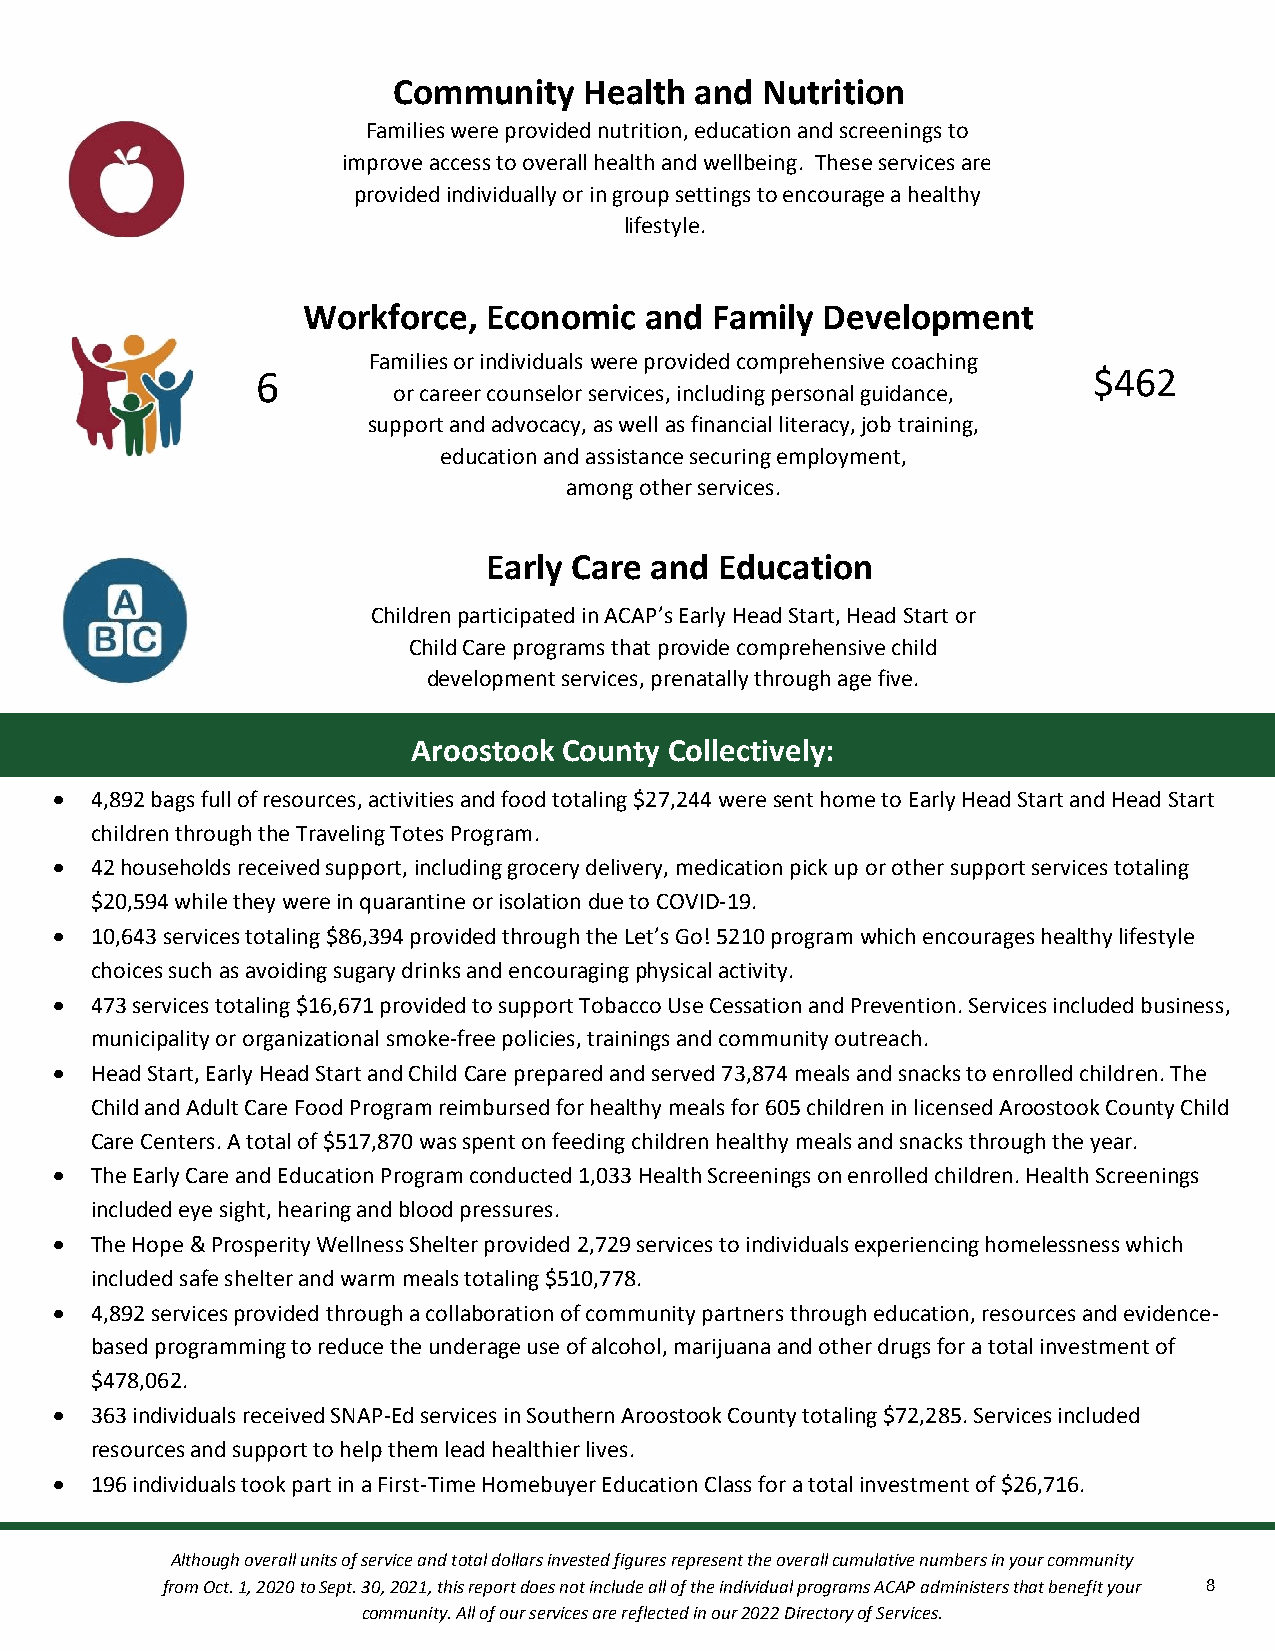
Community    Health and Nutrition
 Families were provided nutrition, education and screenings to
 imp rove access to overall healt&h a nd wellbeing. These services are
 provided individually or in group settings to encourage a healthy
 lifestyle.
 cation
 Workforce,  Economic   and Family Development
 Families or individuals were provided comprehensive coaching
 6                                                      $462
 or career counselor services, including personal guidacnacet,i on
 support and advocacy, as well as financial literacy, job training,
 education and assistance securing employment,
 among other services.
 Early Care and  Education
 Children participated in ACAP’s Early Head Start, Head Start or
 Child Care programs that provide comprehensive child
 development services, prenatally through age five.
 Aroostook County Collectively:
  4,892 bags full of resources, activities and food totaling $27,244 were sent home to Early Head Start and Head Start
 children through the Traveling Totes Program.
  42 households received support, including grocery delivery, medication pick up or other support services totaling
 $20,594 while they were in quarantine or isolation due to COVID-19.
  10,643 services totaling $86,394 provided through the Let’s Go! 5210 program which encourages healthy lifestyle
 choices such as avoiding sugary drinks and encouraging physical activity.
  473 services totaling $16,671 provided to support Tobacco Use Cessation and Prevention. Services included business,
 municipality or organizational smoke-free policies, trainings and community outreach.
  Head Start, Early Head Start and Child Care prepared and served 73,874 meals and snacks to enrolled children. The
 Child and Adult Care Food Program reimbursed for healthy meals for 605 children in licensed Aroostook County Child
 Care Centers. A total of $517,870 was spent on feeding children healthy meals and snacks through the year.
  The Early Care and Education Program conducted 1,033 Health Screenings on enrolled children. Health Screenings
 included eye sight, hearing and blood pressures.
  The Hope & Prosperity Wellness Shelter provided 2,729 services to individuals experiencing homelessness which
 included safe shelter and warm meals totaling $510,778.
  4,892 services provided through a collaboration of community partners through education, resources and evidence-
 based programming to reduce the underage use of alcohol, marijuana and other drugs for a total investment of
 $478,062.
  363 individuals received SNAP-Ed services in Southern Aroostook County totaling $72,285. Services included
 resources and support to help them lead healthier lives.
  196 individuals took part in a First-Time Homebuyer Education Class for a total investment of $26,716.
 Although overall units of service and total dollars invested figures represent the overall cumulative numbers in your community
 from Oct. 1, 2020 to Sept. 30, 2021, this report does not include all of the individual programs ACAP administers that benefit your 8
 community. All of our services are reflected in our 2022 Directory of Services.